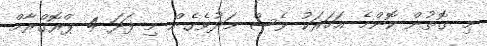
މި ގޮތުން ކޮންމެ އަހަރަކު ވެސް މަދުވެގެން މި ފަދަ 4 ޕްރޮގްރާމް